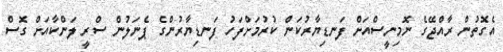
އެގޮތުން ރާއްޖޭގެ ނޮމިނީސްއަށް ފަނޑިޔާރުކަން ކުރުމަށްފަހު ފަނޑިޔާރުންގެ ޕެނަލުން ސްރީ ލަންކާއަށް ގޮސް